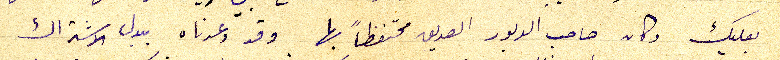
بعلبك وكان صاحب الدبور الصديق محتفظاً بها وقد وعدناه ببدل الاشتراك